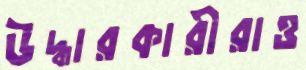
উদ্ধারকারীরাও